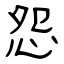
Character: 怨